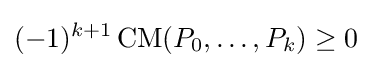
(-1)^{k+1}\operatorname {CM} (P_{0},\ldots ,P_{k})\geq 0